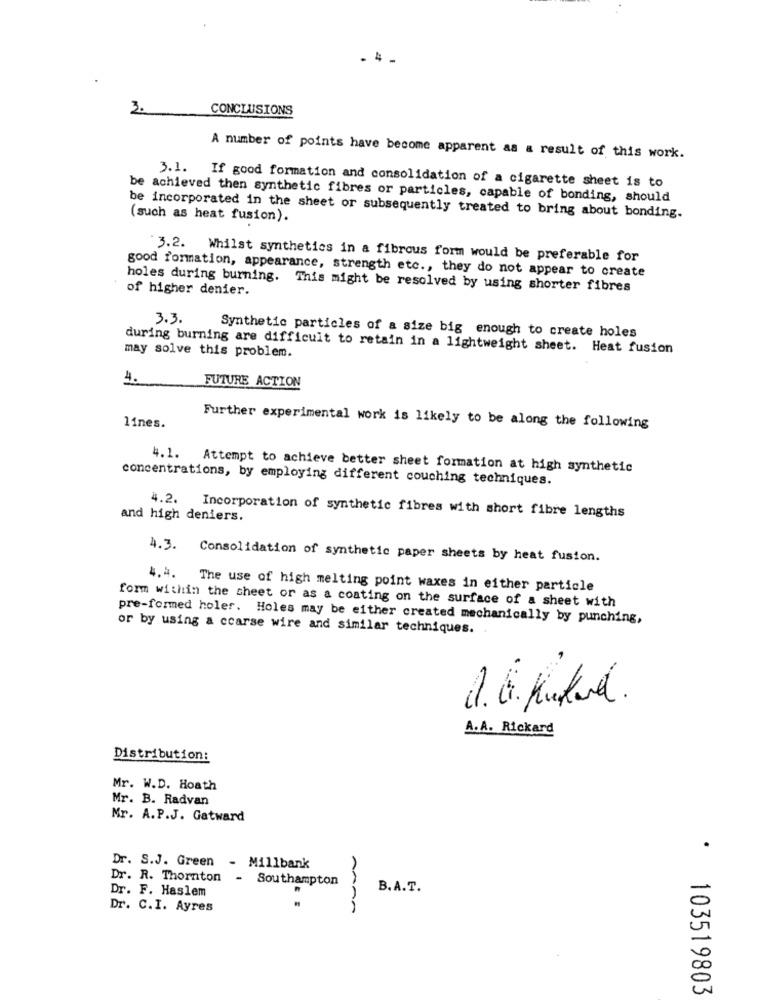
. 4 .
3.
CONCLUSIONS
A number of points have become apparent as a result of this work.
3.1. If good formation and consolidation of a cigarette sheet is to
be achieved then synthetic fibres or particles, capable of bonding, should
be incorporated in the sheet or subsequently treated to bring about bonding.
(such as heat fusion).
3.2. Whilst synthetics in a fibrous form would be preferable for
good formation, appearance, strength etc ., they do not appear to create
of higher denier.
holes during burning. This might be resolved by using shorter fibres
3.3.
Synthetic particles of a size big enough to create holes
during burning are difficult to retain in a lightweight sheet. Heat fusion
may solve this problem.
4.
FUTURE ACTION
lines.
Further experimental work is likely to be along the following
4.1.
Attempt to achieve better sheet formation at high synthetic
concentrations, by employing different couching techniques.
4.2.
and high deniers.
Incorporation of synthetic fibres with short fibre lengths
4.3. Consolidation of synthetic paper sheets by heat fusion.
4. 4. The use of high melting point waxes in either particle
form within the sheet or as a coating on the surface of a sheet with
pre-formed holer. Holes may be either created mechanically by punching,
or by using a ccarse wire and similar techniques.
A.A. Rickard
Distribution:
Mr. W.D. Hoath
Mr. B. Radvan
Mr. A.P.J. Gatward
.
Dr. S.J. Green - Millbank
Dr. R. Thornton - Southampton
Dr. F. Haslem
B.A.T.
Dr. C.I. Ayres
103519803